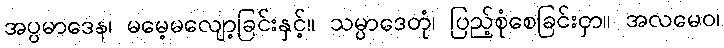
အပ္ပမာဒေန၊ မမေ့မလျော့ခြင်းနှင့်။ သမ္ပာဒေတုံ၊ ပြည့်စုံစေခြင်းငှာ။ အလမေဝ၊